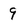
Character: 9